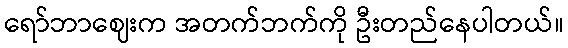
ရော်ဘာဈေးက အတက်ဘက်ကို ဦးတည်နေပါတယ်။